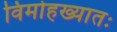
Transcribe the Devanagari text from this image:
विमोहख्यातः